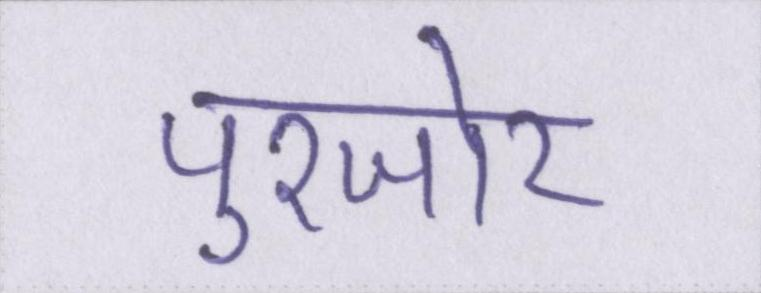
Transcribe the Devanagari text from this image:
पुरजोर